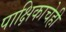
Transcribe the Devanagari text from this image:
पाक्षिकाचेही